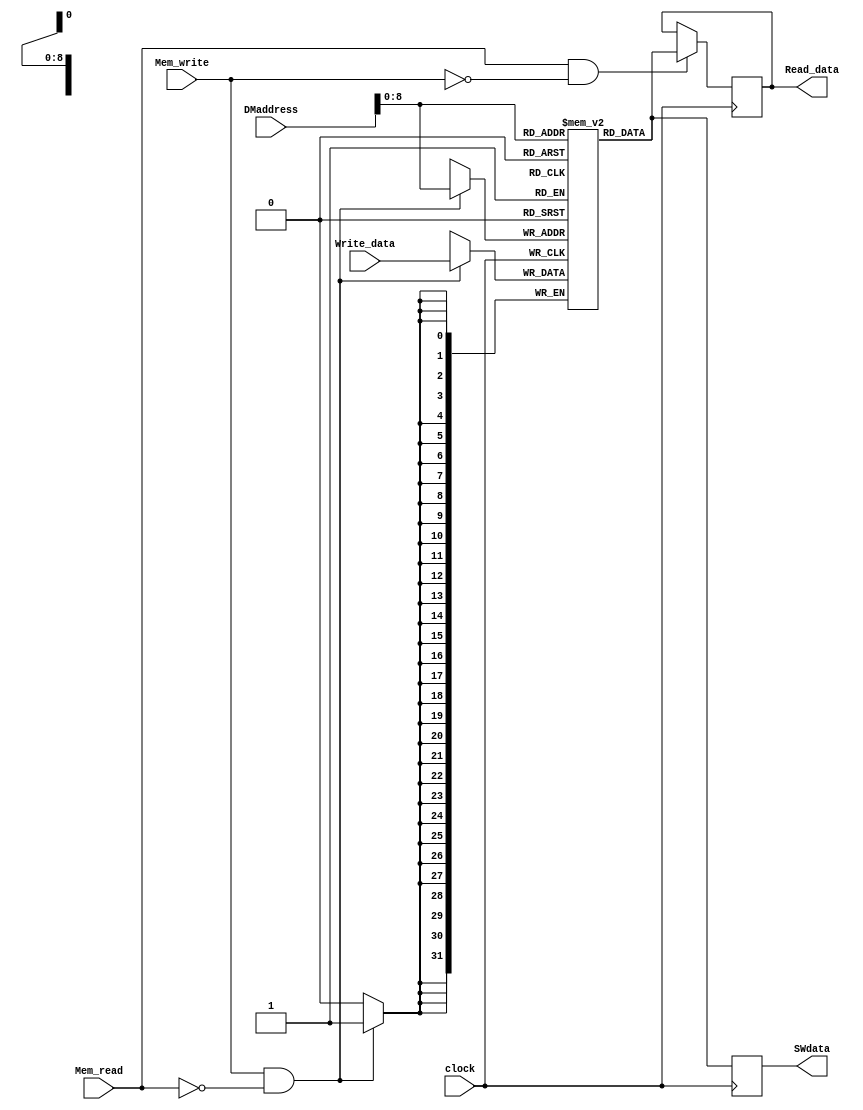
module MIPSDM(Write_data,Read_data,Mem_write, Mem_read,DMaddress,clock, SWdata); 
	input[31:0]DMaddress,Write_data;
	input Mem_write,Mem_read,clock;
	output[31:0]Read_data;
	reg[31:0]Read_data; 
	reg[31:0]MIPSDM[511:0]; 
	output reg[31:0] SWdata;
	initial begin 
		MIPSDM[5] <= 7; 
	end

	always @( negedge clock)
	begin
		if(Mem_read && !Mem_write) Read_data<=MIPSDM[DMaddress]; 
	end
	
	always @(posedge clock)
	begin
		if(Mem_write && !Mem_read ) MIPSDM[DMaddress]<=Write_data; SWdata <= MIPSDM[DMaddress]; 
	end
	
endmodule